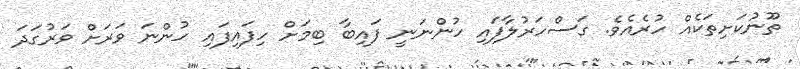
ތޫނުކަށިތަކެއް ހުރެއެވެ. ގަސްހަރުލާފައި ހުންނަނީ ފައިބާ ބިމަށް ހިފައިފައި ހުންނަ ވަރަށް ވަރުގަދަ